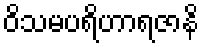
ဝိသမပရိဟာရဇာနိ